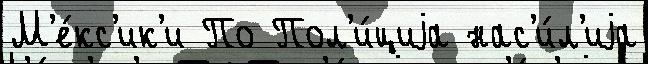
М'е́кс'ик'и По Пол'и́циjа нас'и́л'иjа